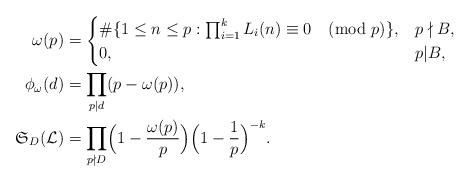
LaTeX: \begin{align*}\omega(p)&=\begin{cases}\#\{1\le n\le p: \prod_{i=1}^k L_i(n)\equiv 0\pmod{p}\},&p\nmid B,\\0,&p|B,\end{cases}\\\phi_\omega(d)&=\prod_{p|d}(p-\omega(p)),\\\mathfrak{S}_D(\mathcal{L})&=\prod_{p\nmid D}\Bigl(1-\frac{\omega(p)}{p}\Bigr)\Bigl(1-\frac{1}{p}\Bigr)^{-k}.\end{align*}